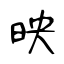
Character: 映